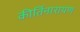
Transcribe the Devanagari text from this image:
कीर्तिनारायण